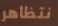
نتظاهر